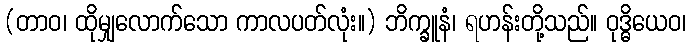
(တာဝ၊ ထိုမျှလောက်သော ကာလပတ်လုံး။) ဘိက္ခူနံ၊ ရဟန်းတို့သည်။ ဝုဒ္ဓိယေဝ၊